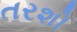
તરશો